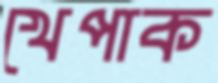
খেপাক